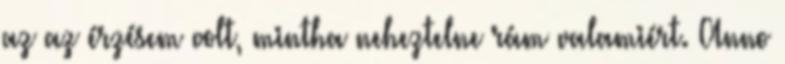
az az érzésem volt, mintha neheztelne rám valamiért. Anno